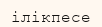
ілікпесе